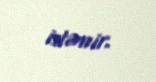
istəmir.